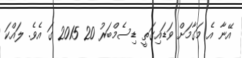
އޭނާ އެ މަގާމަށް ވަޑައިގަތީ ޑިސެމްބަރު 20 2015 ގަ އެވެ. ލައްކަ